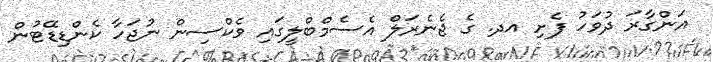
އަންގާރަ ދުވަހު ފެށި އދ. ގެ ޖެނެރަލް އެސެމްބްލީގައި ވެކްސިން ނުޖަހާ ކެންޑިޑޭޓުން